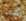
باين